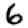
Digit: 6